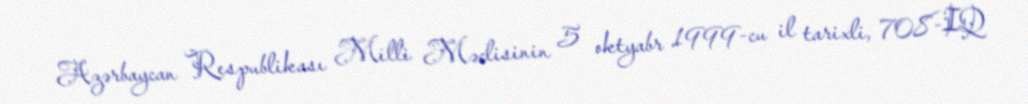
Azərbaycan Respublikası Milli Məclisinin 5 oktyabr 1999-cu il tarixli, 708-IQ